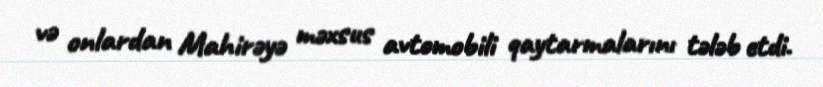
və onlardan Mahirəyə məxsus avtomobili qaytarmalarını tələb etdi.